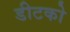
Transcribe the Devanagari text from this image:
डीटको